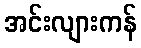
အင်းလျားကန်